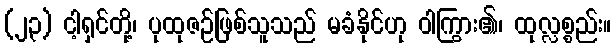
(၂၃) ငါ့ရှင်တို့၊ ပုထုဇဉ်ဖြစ်သူသည် မခံနိုင်ဟု ဝါကြွား၏၊ ထုလ္လစ္စည်း။